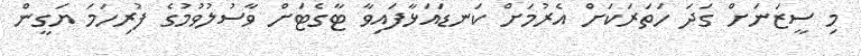
މި ސީޒަނަށް ގަދަ ހަތަރަކަށް އެރުމަށް ކަނޑައަޅާފައިވާ ޓާގެޓަށް ވާސުލުވުމުގެ ފުރިހަމަ ޔަގީން